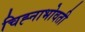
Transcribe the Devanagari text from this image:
चिह्नाभोवती